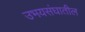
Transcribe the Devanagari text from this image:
उभयसंघातील